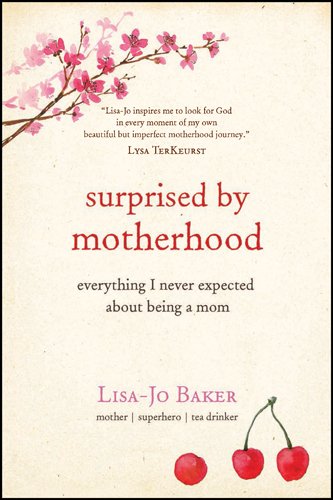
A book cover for Surprised by Motherhood: Everything I Never Expected about Being a Mom; Lisa-Jo Baker; Parenting & Relationships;